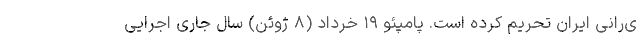
ی‌رانی ایران تحریم کرده است. پامپئو ۱۹ خرداد (۸ ژوئن) سال جاری اجرایی